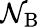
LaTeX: \mathcal{N}_{\mathrm{{B}}}